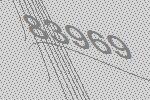
83969